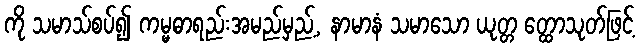
ကို သမာသ်စပ်၍ ကမ္မဓာရည်းအမည်မှည့်, နာမာနံ သမာသော ယုတ္တ တ္ထောသုတ်ဖြင့်